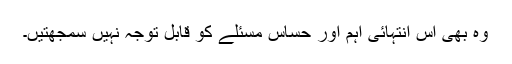
وہ بھی اس انتہائی اہم اور حساس مسئلے کو قابل توجّہ نہیں سمجھتیں۔